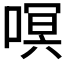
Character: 𭉳